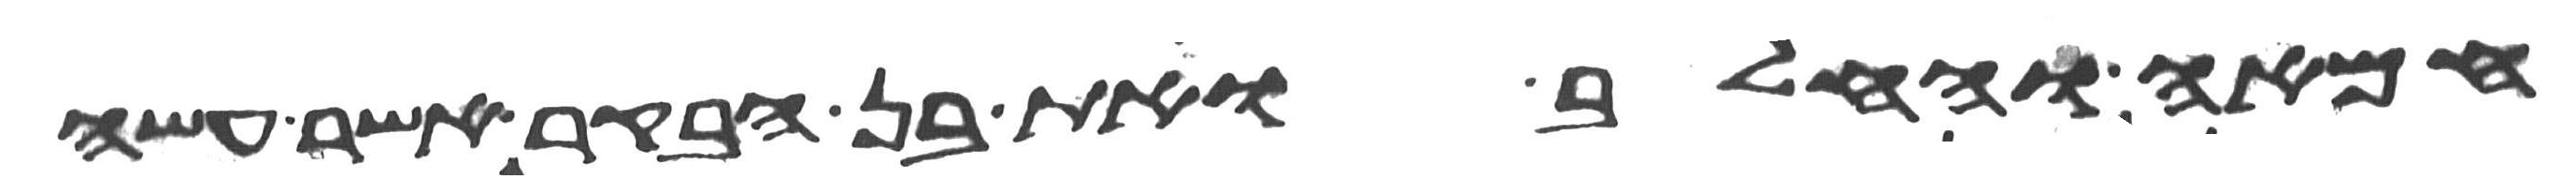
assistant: חמאה וחלב ואת בן הבקר אשר עשה